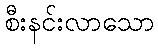
စီးနင်းလာသော